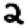
Digit: 2